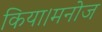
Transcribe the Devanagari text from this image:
किया।मनोज